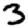
Digit: 3